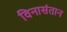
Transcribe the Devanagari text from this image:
विनासंतान